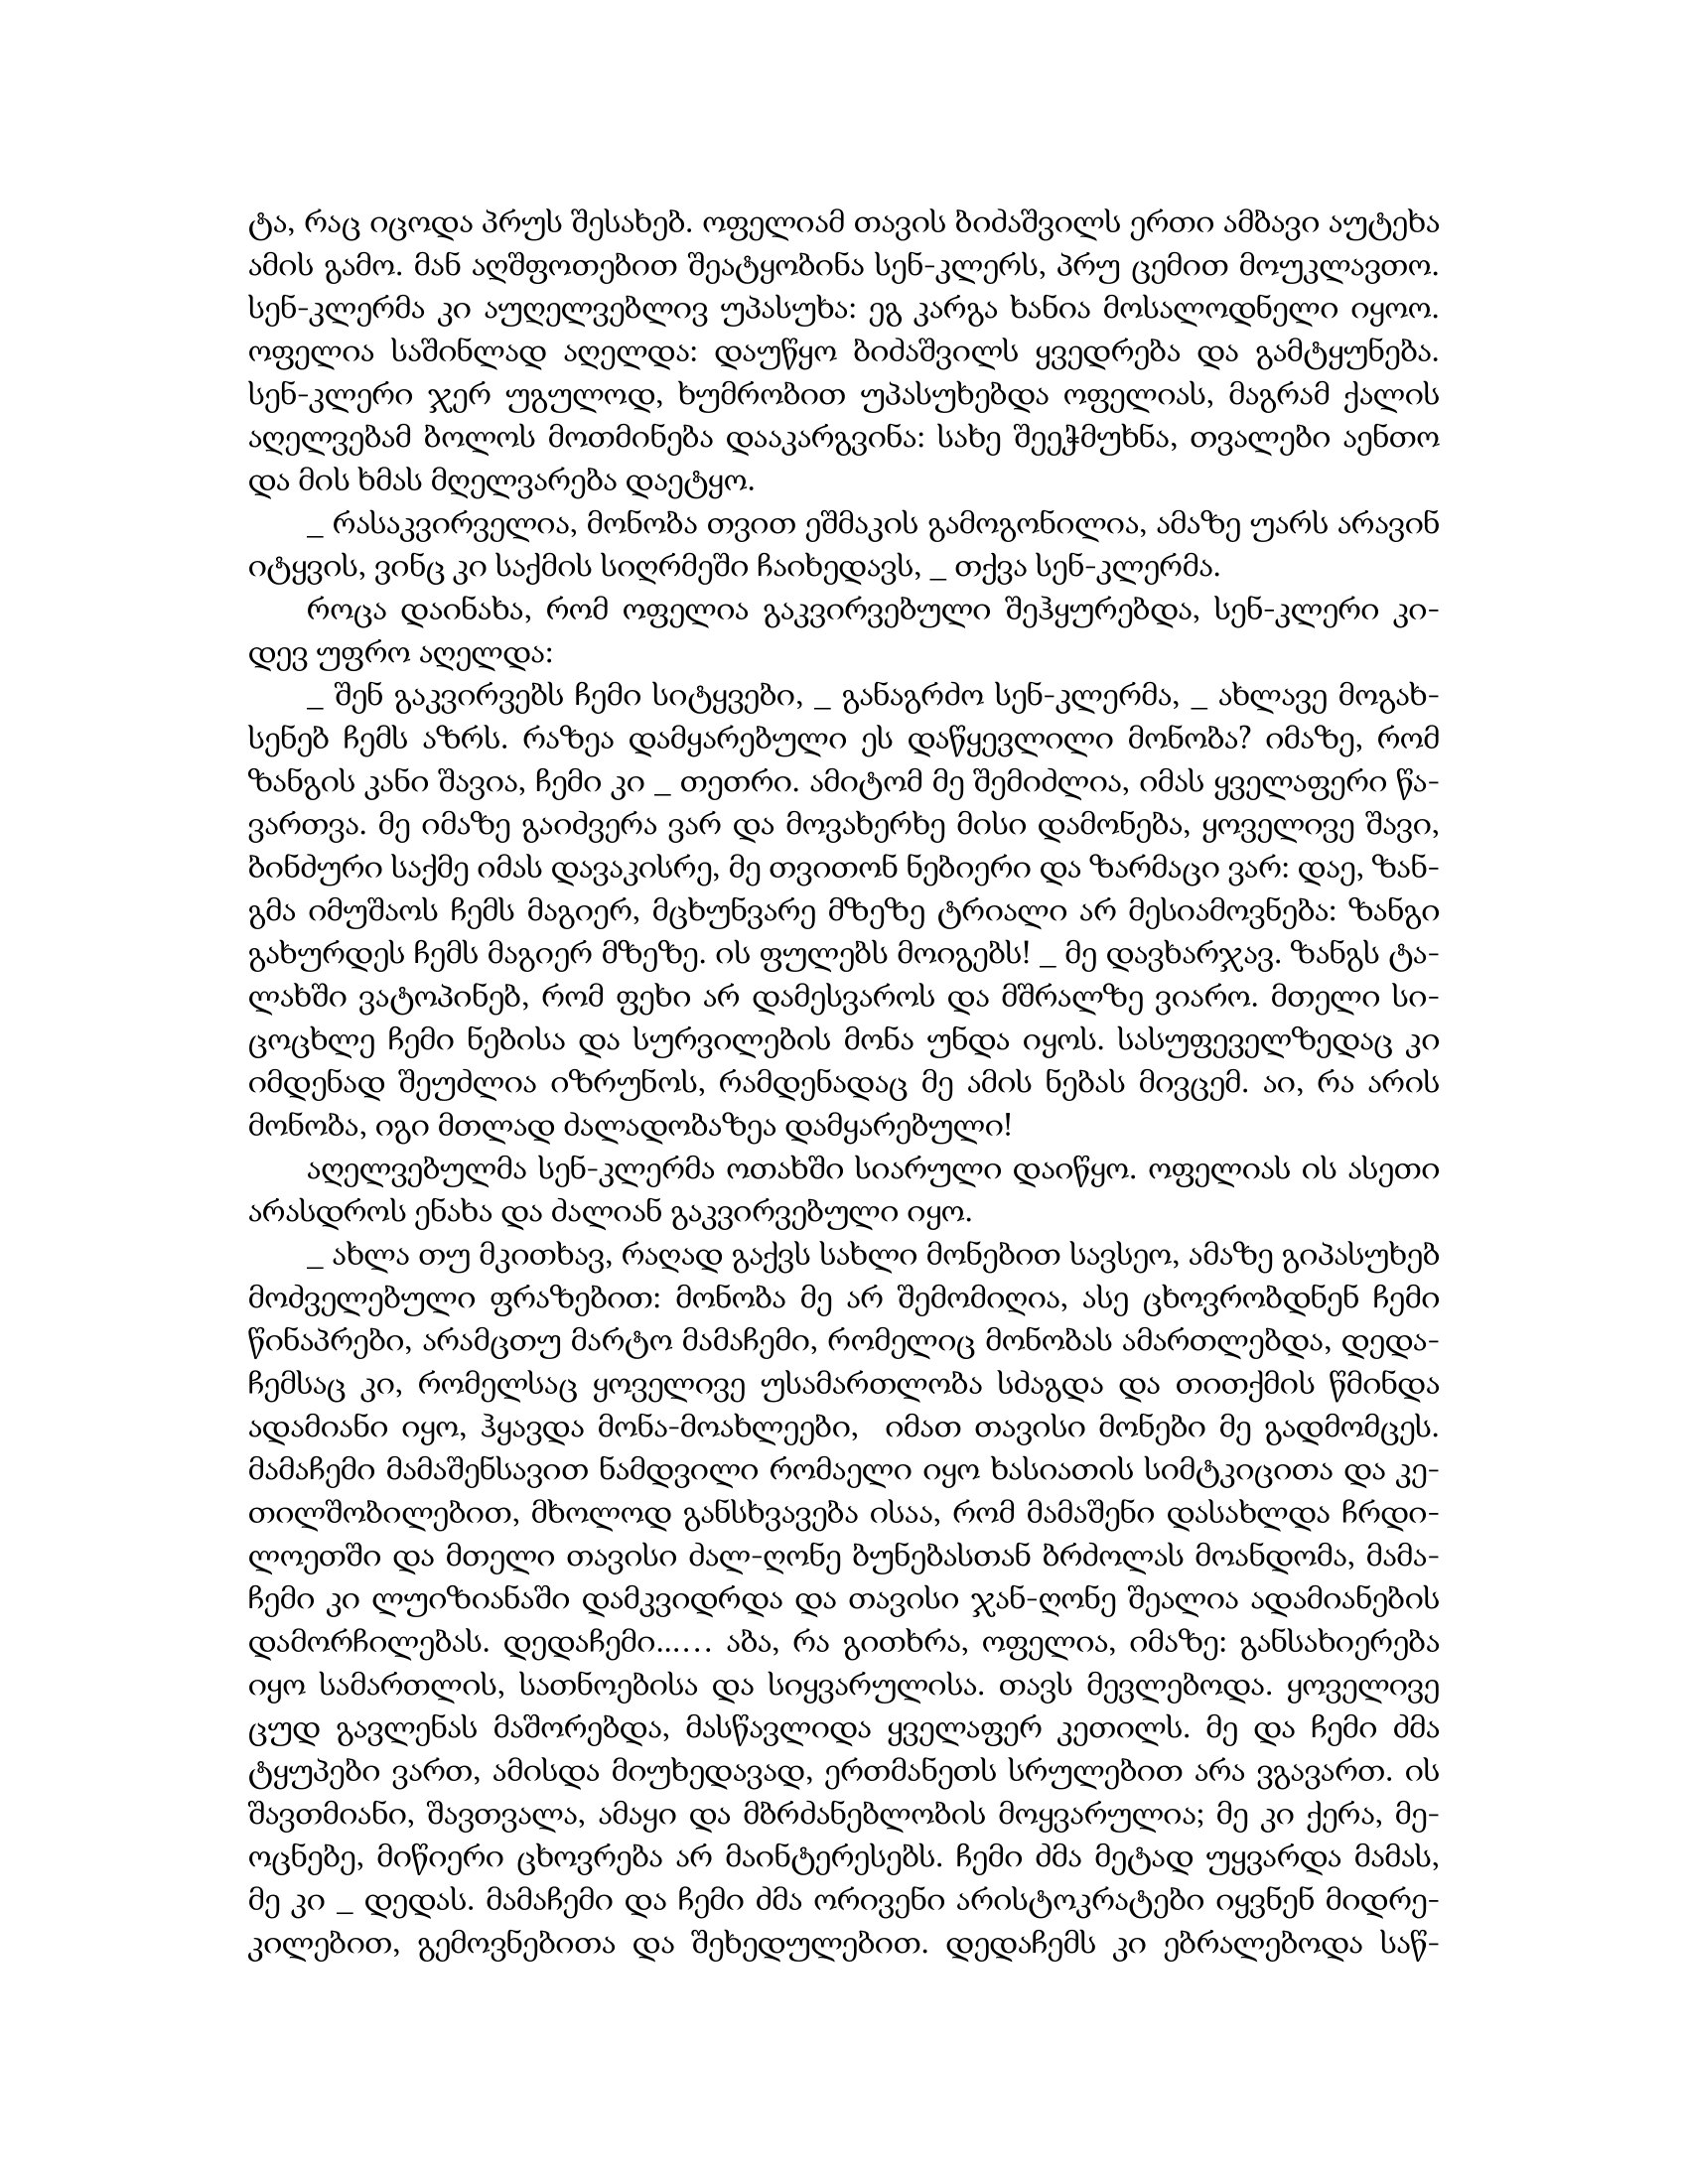
Language: gr